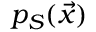
p _ { S } ( \vec { x } )